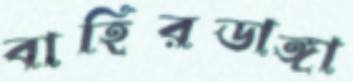
বাহিরডাঙ্গা